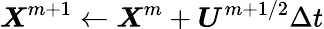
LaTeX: \boldsymbol X^{m+1}\gets\boldsymbol X^{m}+\boldsymbol U^{m+1/2}\Delta t